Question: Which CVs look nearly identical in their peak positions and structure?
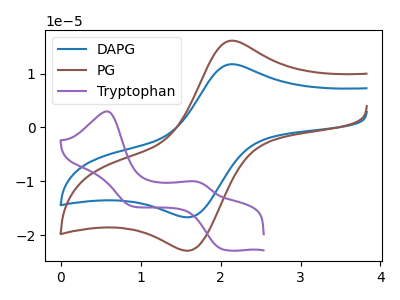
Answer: <think>The blue curve "DAPG" has an anodic peak at (2.15V, 11.75uA) and a cathodic peak at (1.60V, -16.70uA). The brown curve "PG" has an anodic peak at (2.15V, 16.10uA) and a cathodic peak at (1.60V, -22.90uA). The purple curve "Tryptophan" has anodic peaks at (0.60V, 3.00uA) (1.70V, -10.00uA) and cathodic peaks at (2.00V, -22.60uA) (0.90V, -14.60uA).
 All the peaks in "DAPG" have a peak in "PG" at the same potential. Every peak in "DAPG" is lower than every peak in "PG". "DAPG" and "Tryptophan" have a different number of peaks. "PG" and "Tryptophan" have a different number of peaks.</think>
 <answer>"PG" and "DAPG" have the same shape and are likely CV's of the same chemical.</answer>
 <eval>"PG" "DAPG"</eval>